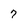
Character: 7